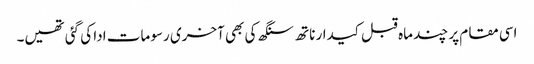
اسی مقام پر چند ماہ قبل کیدار ناتھ سنگھ کی بھی آخری رسومات ادا کی گئی تھیں۔